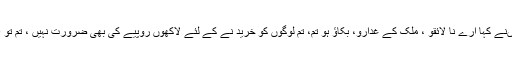
انہوںنے کہا ارے نا لائقو ، ملک کے غدارو، بکاؤ ہو تم، تم لوگوں کو خرید نے کے لئے لاکھوں روپیے کی بھی ضرورت نہیں ، تم تو 50۔